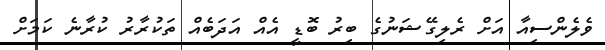
ވެލެންސިއާ އަށް ރެލިގޭޝަނުގެ ބިރު ބޮޑީ އެއް އަދަބެއް ތަކުރާރު ކުރާނެ ކަމަށް